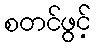
စတင်ဖွင့်